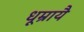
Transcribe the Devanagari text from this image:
धूम्रायै